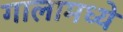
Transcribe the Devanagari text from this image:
गालामध्ये